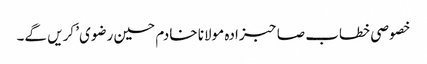
خصوصی خطاب صاحبزادہ مولانا خادم حسین رضوی’ کریں گے۔